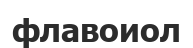
флавоиол